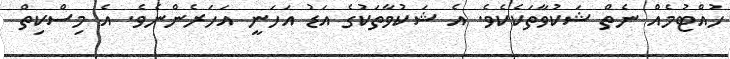
ހުއްޓުމެއް ނެތް ޝަކުވާތަކެކެވެ. އެ ޝަކުވާތަކުގެ އަޑު އަހަނީ އަހަރެންނެވެ. އެ މިސްކިތް